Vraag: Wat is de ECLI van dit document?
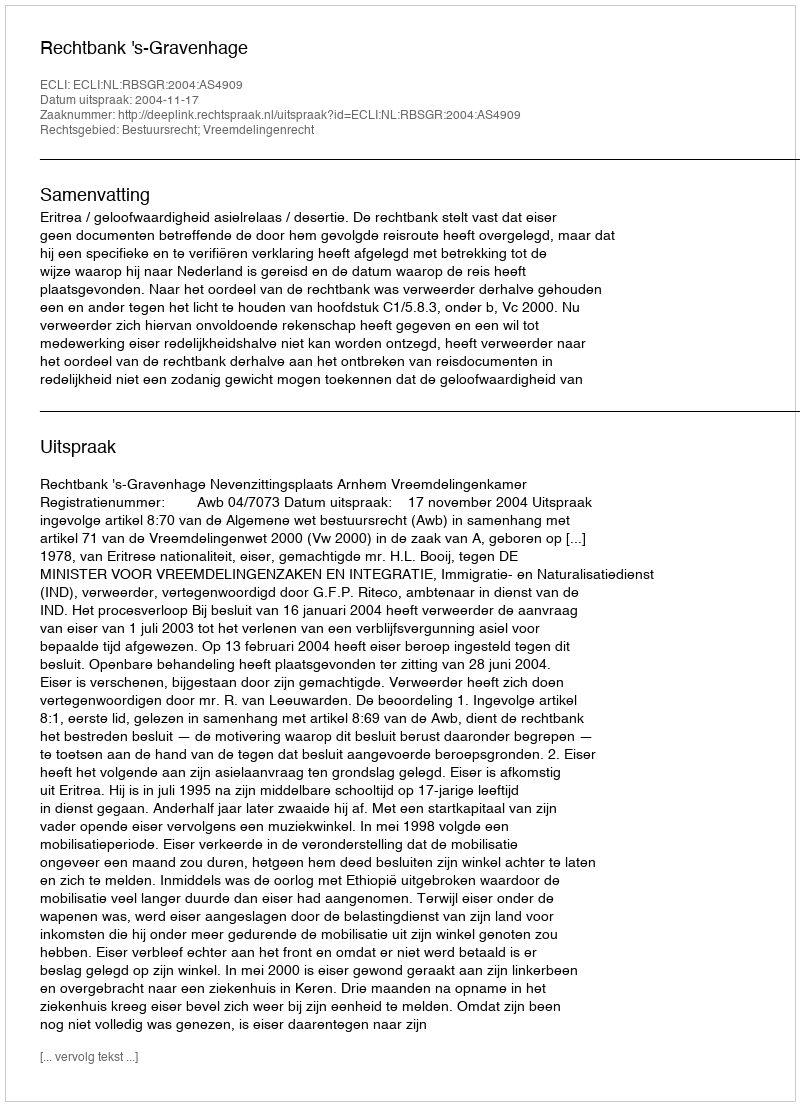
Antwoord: ECLI:NL:RBSGR:2004:AS4909